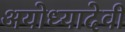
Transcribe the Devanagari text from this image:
अयोध्यादेवी